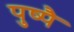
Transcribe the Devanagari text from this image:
पुष्पै